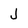
Character: J